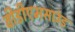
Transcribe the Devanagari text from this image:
वीडीएमसाउंड